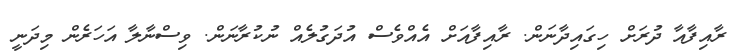
ރާއިފާއާ ދުރަށް ހިގައިދާނަން. ރާއިފާއަށް އެއްވެސް އުދަގުލެއް ނުކުރާނަން. ވިސްނާލާ އަހަރެން މިދަނީ